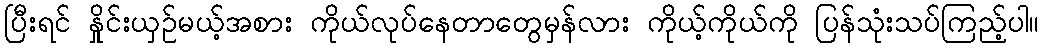
ပြီးရင် နှိုင်းယှဉ်မယ့်အစား ကိုယ်လုပ်နေတာတွေမှန်လား ကိုယ့်ကိုယ်ကို ပြန်သုံးသပ်ကြည့်ပါ။